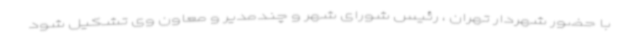
با حضور شهردار تهران ، رئیس شورای شهر و چندمدیر و معاون وی تشکیل شود